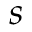
s